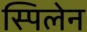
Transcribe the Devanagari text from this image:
स्पिलेन